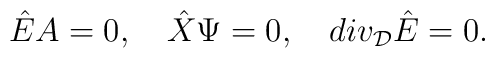
{\hat E} A =0,\quad{\hat X}\Psi=0,\quad div_{\cal D} {\hat E}=0.